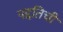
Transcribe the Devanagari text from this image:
पद्दतिची